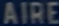
AIRE